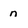
Character: n